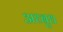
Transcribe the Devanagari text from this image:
अध्बुध